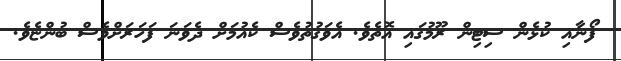
ފޯނާއި ކުޅެން ސިޓިން ރޫމުގައި އޮތެވެ. އެވަގުތުވެސް ކެއުމަށް ދެވަނަ ފަހަރަށްވެސް ބުންޏެވެ.